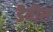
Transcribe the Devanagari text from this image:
डैवीस